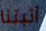
أثبتنا